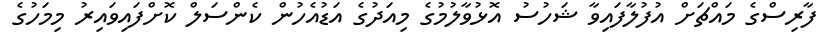
ފާރިސްގެ މައްޗަށް އުފުލާފައިވާ ޝަހުސު އޮޅުވާލުމުގެ މިއަދުގެ އަޑުއެހުން ކެންސަލް ކޮށްފައިވައިރު މިމަހުގެ